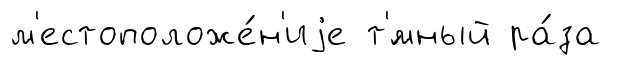
м'естоположе́н'иjе т'́мный ра́за